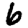
Digit: 6